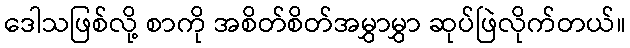
ဒေါသဖြစ်လို့ စာကို အစိတ်စိတ်အမွှာမွှာ ဆုပ်ဖြဲလိုက်တယ်။